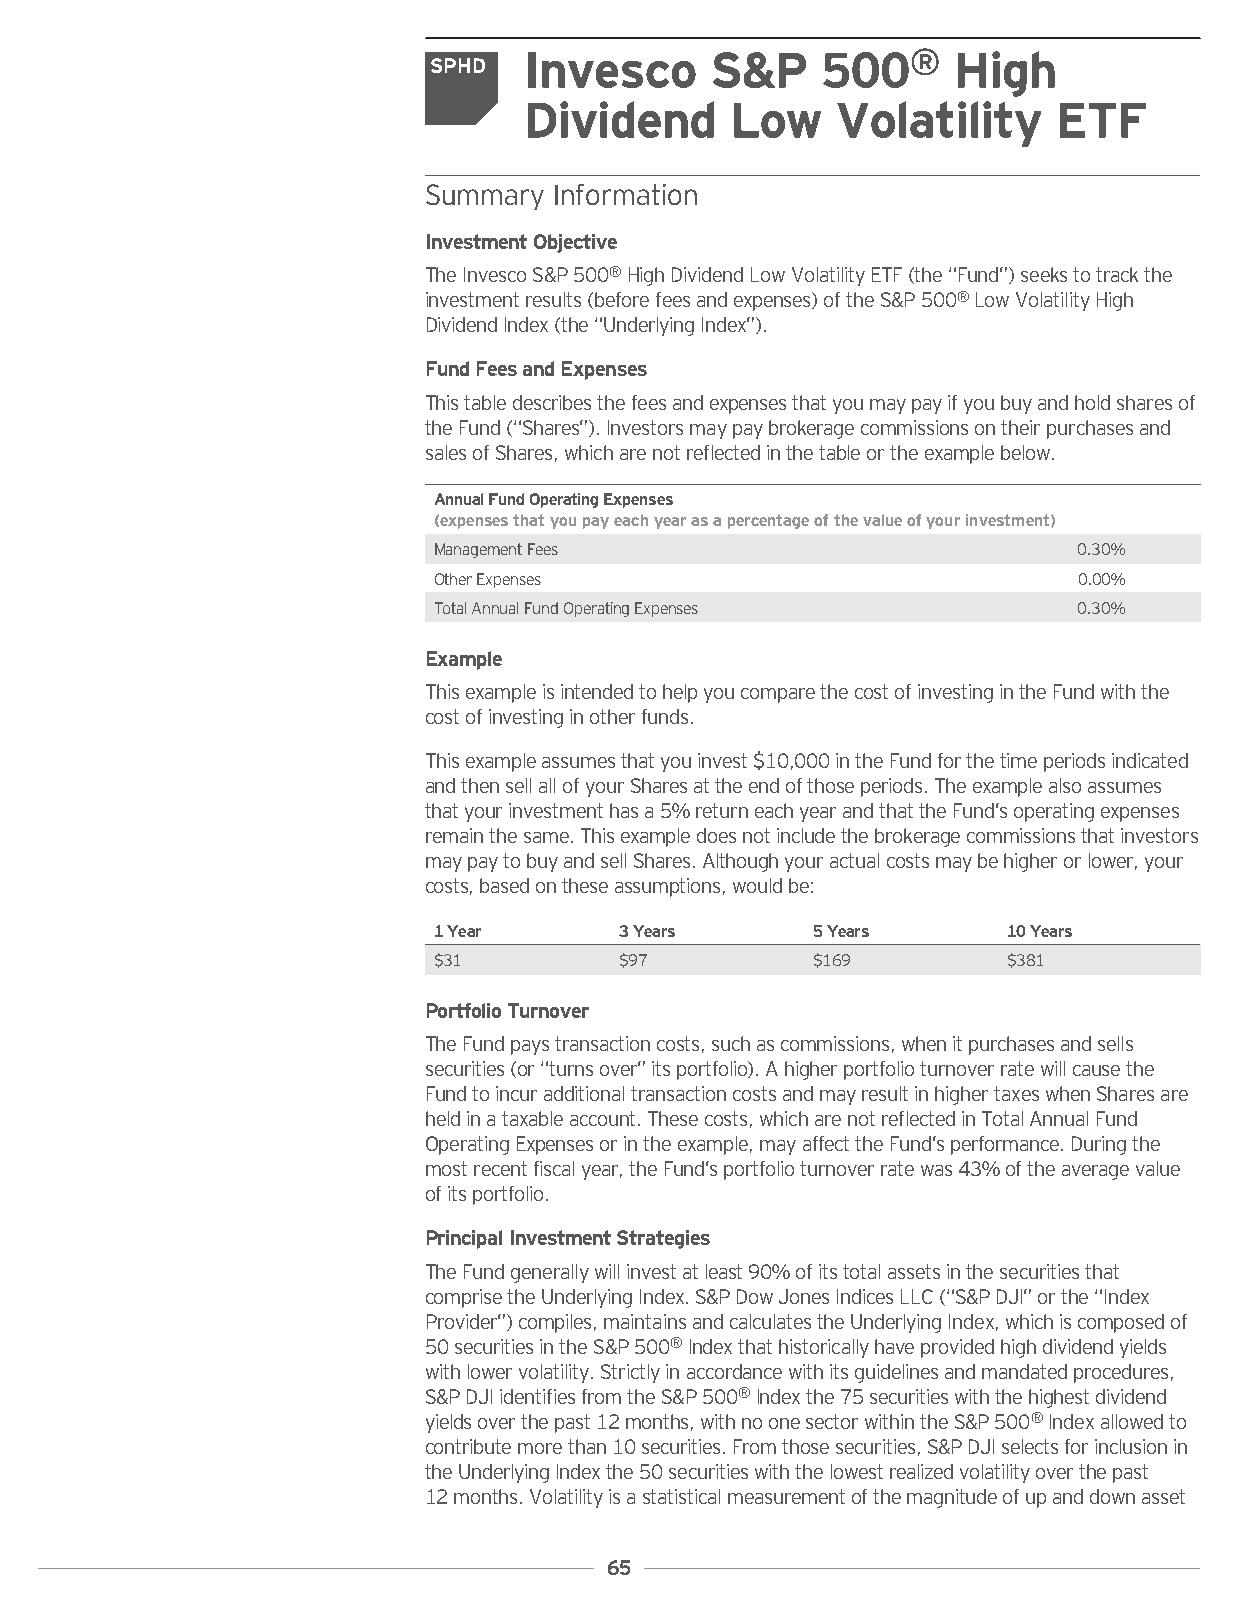
Invesco     S&P    500®     High
 SPHD
 Dividend     Low    Volatility     ETF
 Summary  Information
 InvestmentObjective
 TheInvescoS&P500®HighDividendLowVolatilityETF(the“Fund”)seekstotrackthe
 investmentresults(beforefeesandexpenses)oftheS&P500®LowVolatilityHigh
 DividendIndex(the“UnderlyingIndex”).
 FundFeesandExpenses
 Thistabledescribesthefeesandexpensesthatyoumaypayifyoubuyandholdsharesof
 theFund(“Shares”).Investorsmaypaybrokeragecommissionsontheirpurchasesand
 salesofShares,whicharenotreflectedinthetableortheexamplebelow.
 AnnualFundOperatingExpenses
 (expensesthatyoupayeachyearasapercentageofthevalueofyourinvestment)
 ManagementFees                            0.30%
 OtherExpenses                             0.00%
 TotalAnnualFundOperatingExpenses          0.30%
 Example
 ThisexampleisintendedtohelpyoucomparethecostofinvestingintheFundwiththe
 costofinvestinginotherfunds.
 Thisexampleassumesthatyouinvest$10,000intheFundforthetimeperiodsindicated
 andthensellallofyourSharesattheendofthoseperiods.Theexamplealsoassumes
 thatyourinvestmenthasa5%returneachyearandthattheFund’soperatingexpenses
 remainthesame.Thisexampledoesnotincludethebrokeragecommissionsthatinvestors
 maypaytobuyandsellShares.Althoughyouractualcostsmaybehigherorlower,your
 costs,basedontheseassumptions,wouldbe:
 1Year       3Years       5Years       10Years
 $31         $97          $169         $381
 PortfolioTurnover
 TheFundpaystransactioncosts,suchascommissions,whenitpurchasesandsells
 securities(or“turnsover”itsportfolio).Ahigherportfolioturnoverratewillcausethe
 FundtoincuradditionaltransactioncostsandmayresultinhighertaxeswhenSharesare
 heldinataxableaccount.Thesecosts,whicharenotreflectedinTotalAnnualFund
 OperatingExpensesorintheexample,mayaffecttheFund’sperformance.Duringthe
 mostrecentfiscalyear,theFund’sportfolioturnoverratewas43%oftheaveragevalue
 ofitsportfolio.
 PrincipalInvestmentStrategies
 TheFundgenerallywillinvestatleast90%ofitstotalassetsinthesecuritiesthat
 comprisetheUnderlyingIndex.S&PDowJonesIndicesLLC(“S&PDJI”orthe“Index
 Provider”)compiles,maintainsandcalculatestheUnderlyingIndex,whichiscomposedof
 50securitiesintheS&P500®Indexthathistoricallyhaveprovidedhighdividendyields
 withlowervolatility.Strictlyinaccordancewithitsguidelinesandmandatedprocedures,
 S&PDJIidentifiesfromtheS&P500®Indexthe75securitieswiththehighestdividend
 yieldsoverthepast12months,withnoonesectorwithintheS&P500®Indexallowedto
 contributemorethan10securities.Fromthosesecurities,S&PDJIselectsforinclusionin
 theUnderlyingIndexthe50securitieswiththelowestrealizedvolatilityoverthepast
 12months.Volatilityisastatisticalmeasurementofthemagnitudeofupanddownasset
 65